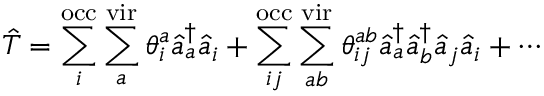
\hat { T } = \sum _ { i } ^ { \mathrm { o c c } } \sum _ { a } ^ { \mathrm { v i r } } \theta _ { i } ^ { a } \hat { a } _ { a } ^ { \dagger } \hat { a } _ { i } + \sum _ { i j } ^ { \mathrm { o c c } } \sum _ { a b } ^ { \mathrm { v i r } } \theta _ { i j } ^ { a b } \hat { a } _ { a } ^ { \dagger } \hat { a } _ { b } ^ { \dagger } \hat { a } _ { j } \hat { a } _ { i } + \cdots